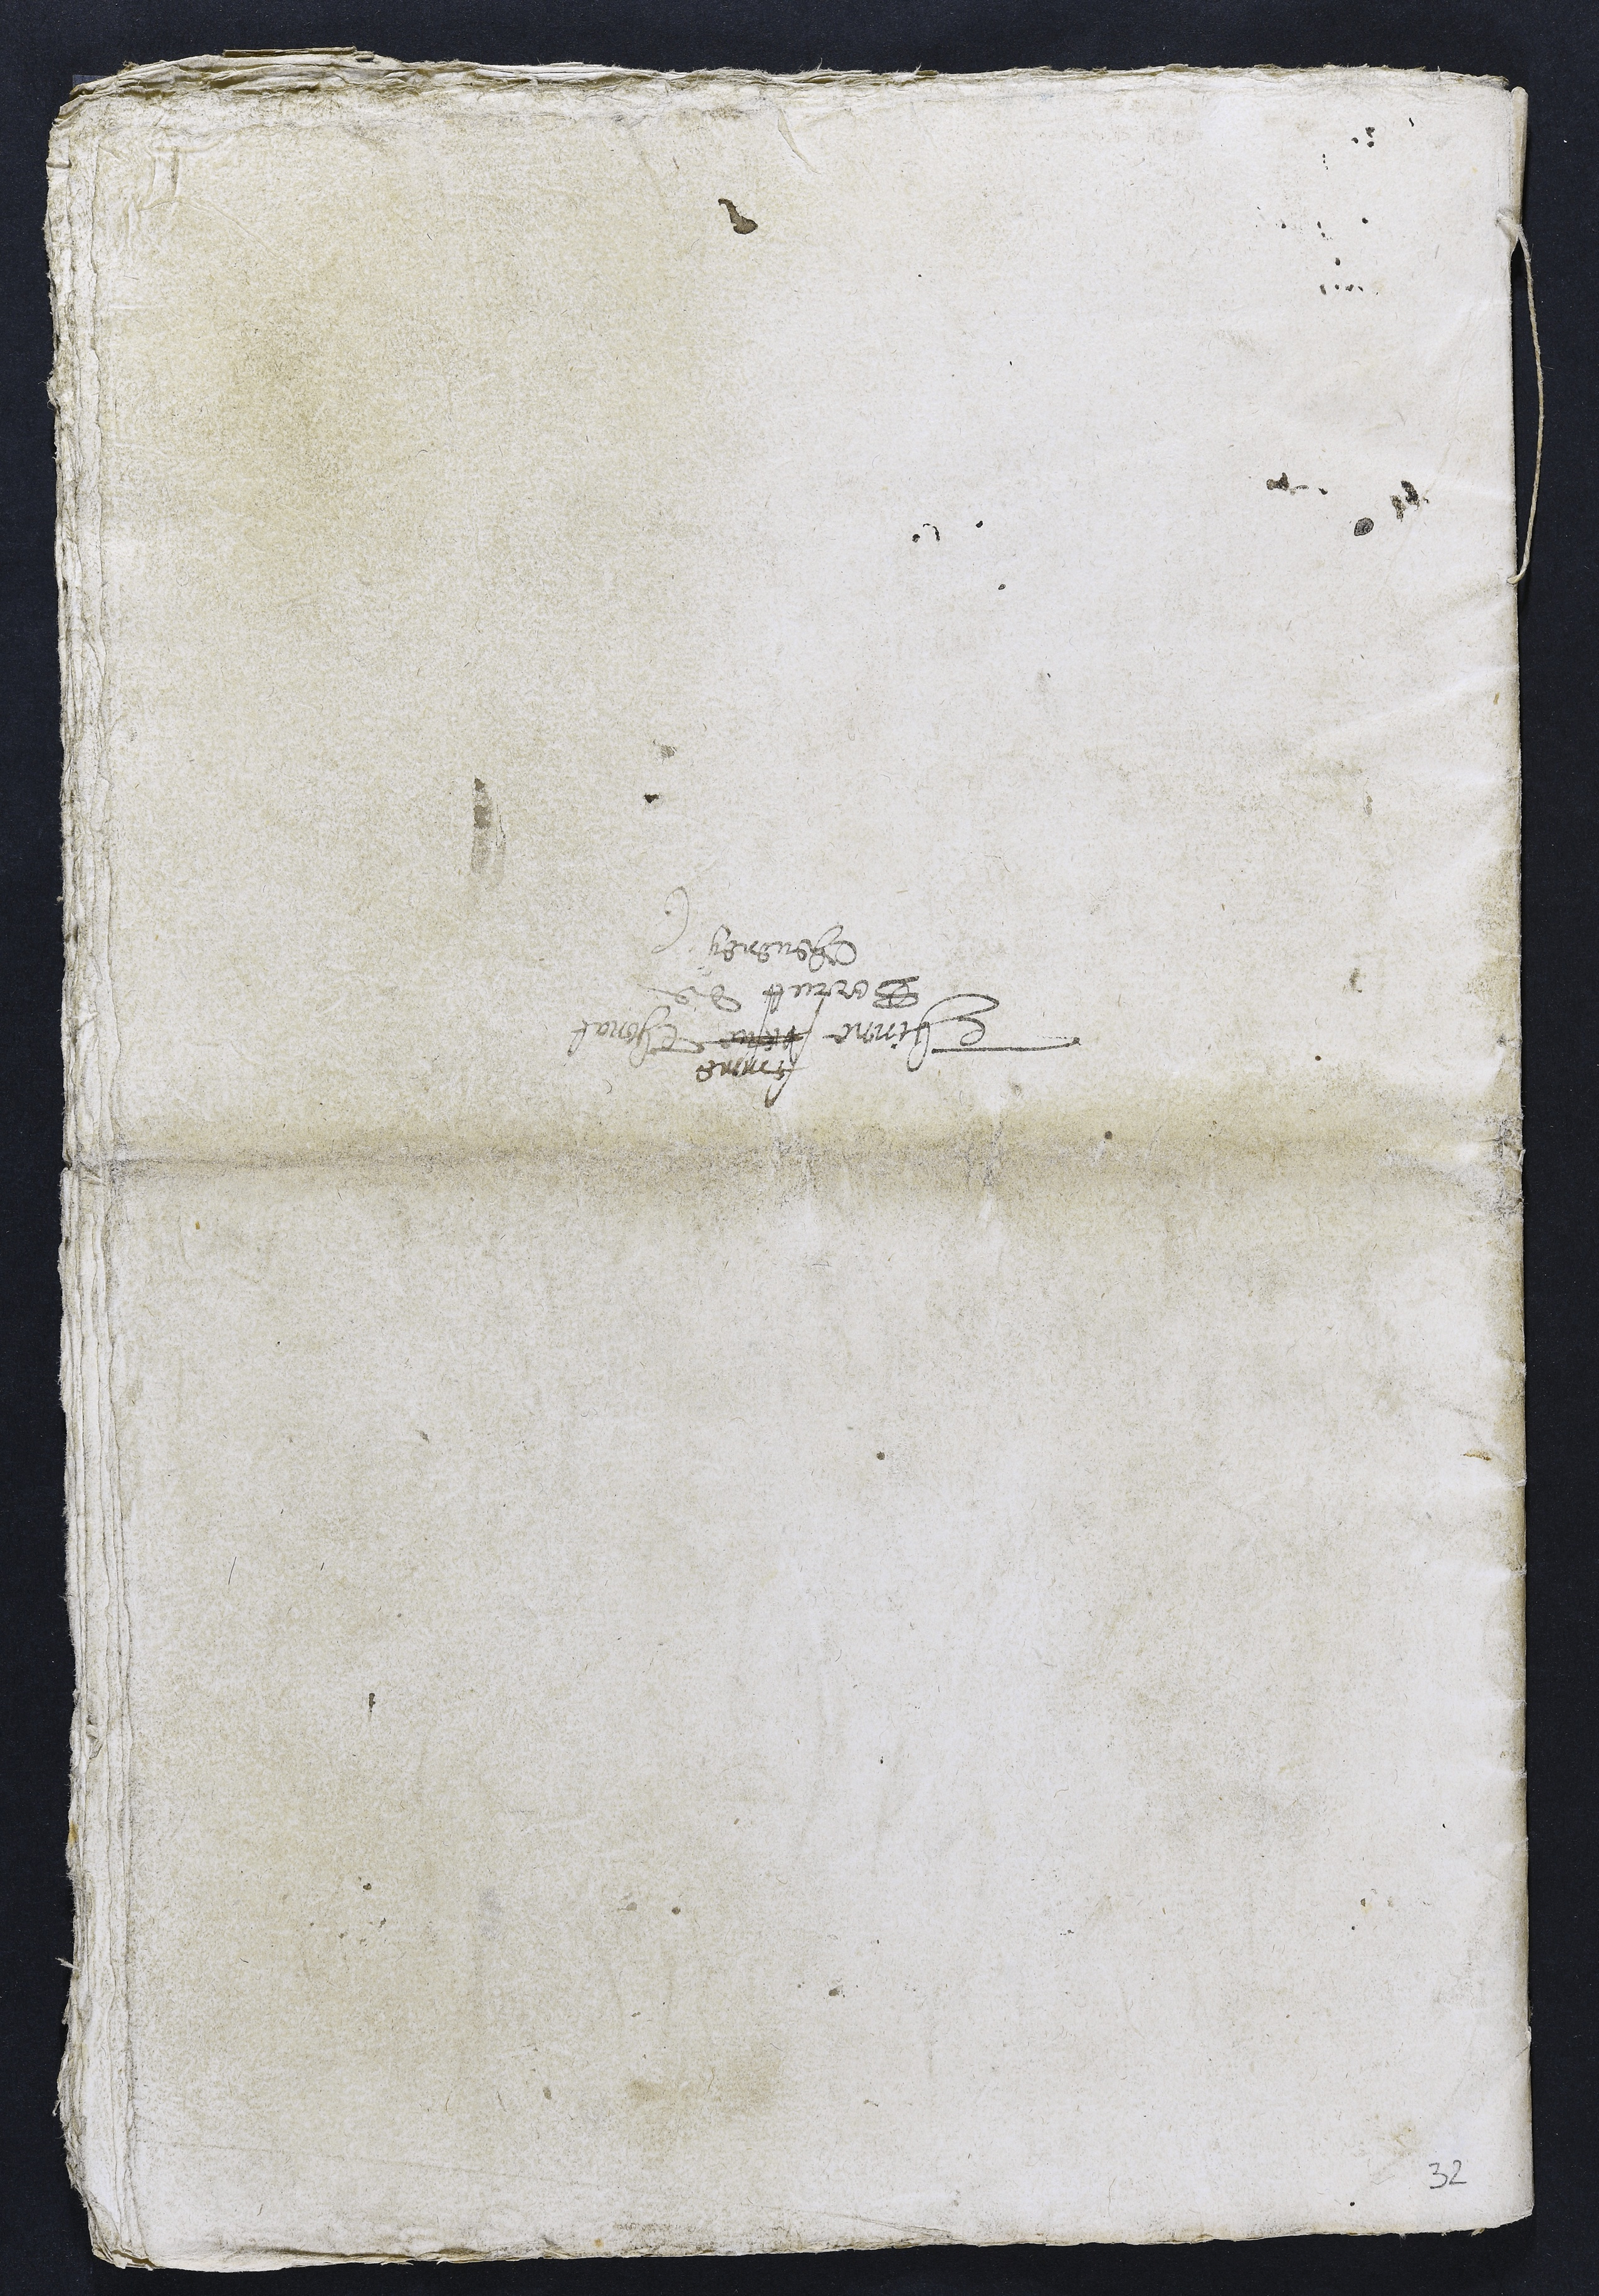
Thinne
femme
vesve Thonat
Borrut de
Cheveney

32